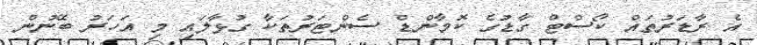
އެ ރާޑަރުތައް ކޯސްޓް ގާޑުގެ ކޮމާންޑް ސެންޓަރުތަކާ ގުޅާލައި މި އަހަރު ބޭނުން